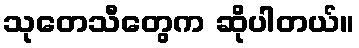
သုတေသီတွေက ဆိုပါတယ်။